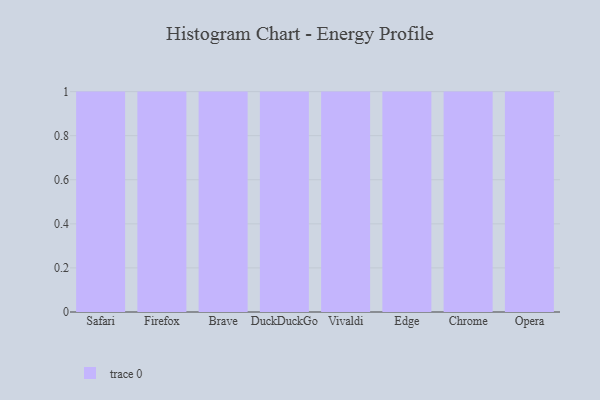
{"axis": {"x": "Browser", "y": "Market Share (%)"}, "legend": [""], "data": [{"x": "Safari", "y": 46, "type": ""}, {"x": "Firefox", "y": 87, "type": ""}, {"x": "Brave", "y": 47, "type": ""}, {"x": "DuckDuckGo", "y": 32, "type": ""}, {"x": "Vivaldi", "y": 75, "type": ""}, {"x": "Edge", "y": 13, "type": ""}, {"x": "Chrome", "y": 91, "type": ""}, {"x": "Opera", "y": 50, "type": ""}]}